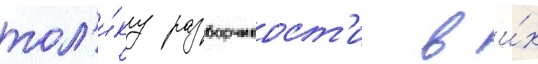
тол'и́ку разборчивост'и в и́х